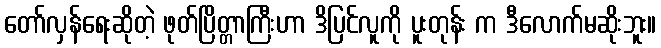
တော်လှန်ရေးဆိုတဲ့ ဖုတ်ပြိတ္တာကြီးဟာ ဒိပြင်လူကို ပူးတုန်း က ဒီလောက်မဆိုးဘူး။